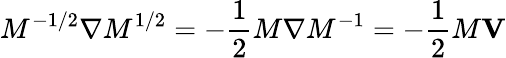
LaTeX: M^{-1/2}{\mathbf\nabla}M^{1/2}=-{\frac{1}{2}}M{\mathbf\nabla}M^{-1}=-{\frac{1}{2}}M{\mathbf V}